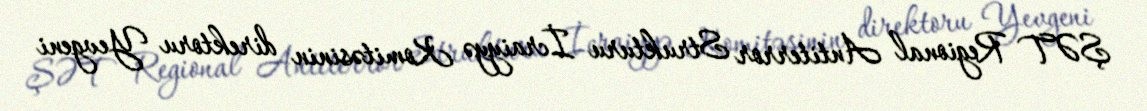
ŞƏT Regional Antiterror Strukturu İcraiyyə Komitəsinin direktoru Yevgeni